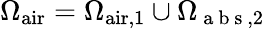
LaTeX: \Omega_{\mathrm{air}}=\Omega_{\mathrm{air},1}\cup\Omega_{\mathrm{~a~b~s~},2}